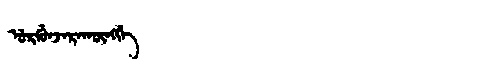
Manchu: ᡠᡵᡤᡠᠨᠵᡝᡵᠠᡴᡡᠩᡤᡝ
Romanization: URGUNJERAKŪNGGE